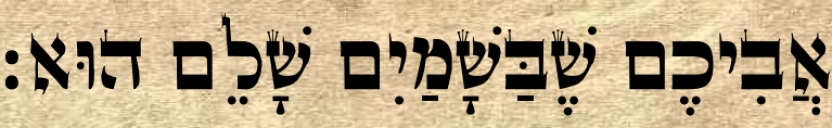
אֲבִיכֶם שֶׁבַּשָׁמַיִם שָׁלֵם הוּא׃